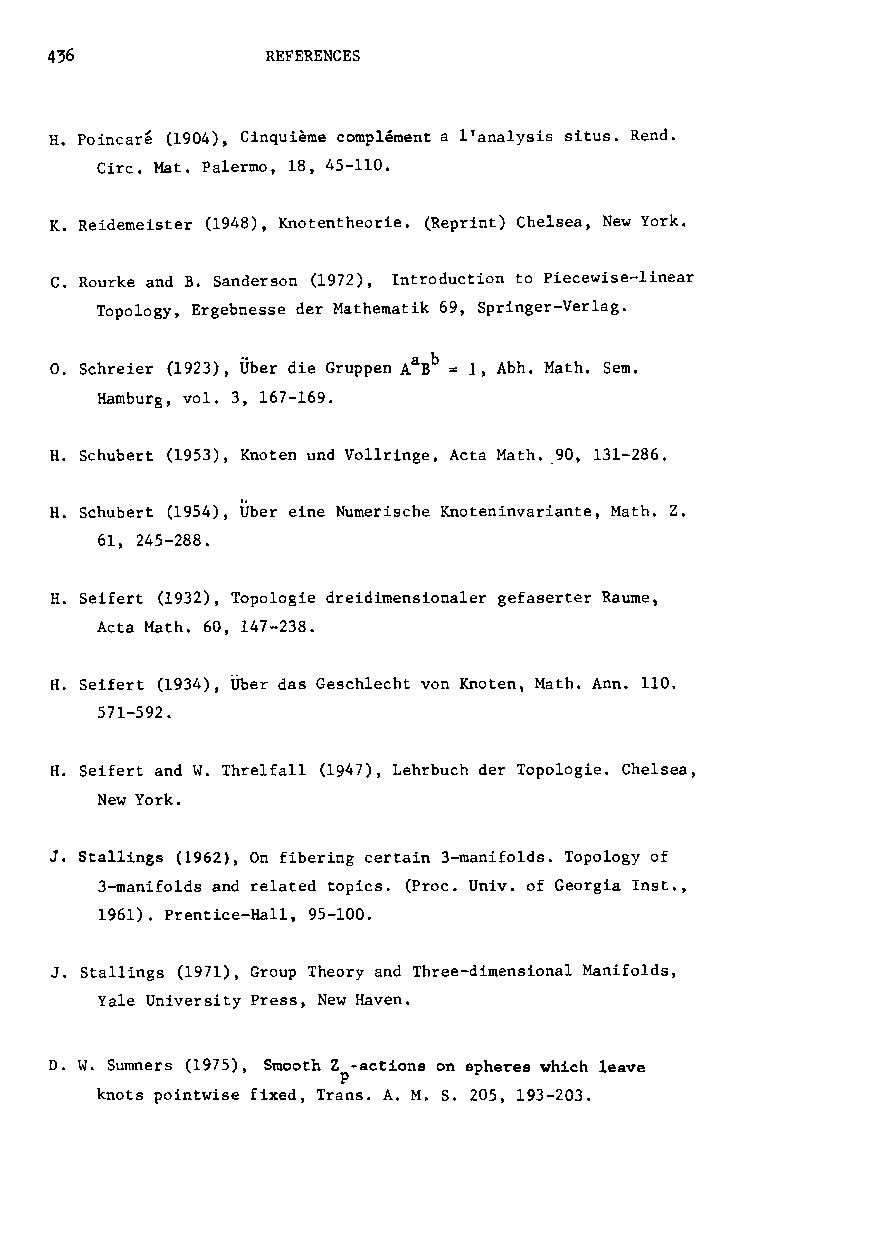
436            REFERENCES
 H. Poincare (1904), Cinquieme complement a l'analysis situs. Rend.
 Cire. Mat. Palermo, 18, 45-110.
 K. Reidemeister (1948), Knotentheorie. (Reprint) Chelsea, New York.
 c. Rourke and B. Sanderson (1972), Introduction to Piecewise-linear
 Topology, Ergebnesse der Mathematik 69, Springer-Verlag.
 .•         a b
 O. Schreier (1923), Uber die Gruppen A B 1, Abh. Math. SemI
 Hamburg, vol. 3, 167-169.
 H. Schubert (1953), Knoten und Vo11ringe, Acta Math..90, 131-286.
 H. Schubert (1954), Uber eine Numerische Knoteninvariante, Math. Z.
 61, 245-288.
 H. Seifert (1932), Topologie dreidimensiona1er gefaserter Raume,
 Acta Math. 60, 147-238.
 H. Seifert (1934), Uber das Geschlecht von Knoten, Math. Ann. 110.
 571-592.
 H. Seifert and W. Threlfa11 (1947), Lehrbuch der Topologie. Chelsea,
 New York.
 J. Stallings (1962), On fibering certain 3-manifolds. Topology of
 3-manifolds and related topics. (Proc. Univ. of Georgia lnst.,
 1961). Prentice-Hall, 95-100.
 J. Stallings (1971), Group Theory and Three-dimensional Manifolds,
 Yale University Press, New Haven.
 D. W. Sumners (1975), Smooth Z -actions on spheres which leave
 p
 knots pointwise fixed, Trans. A. M. S. 205, 193-203.